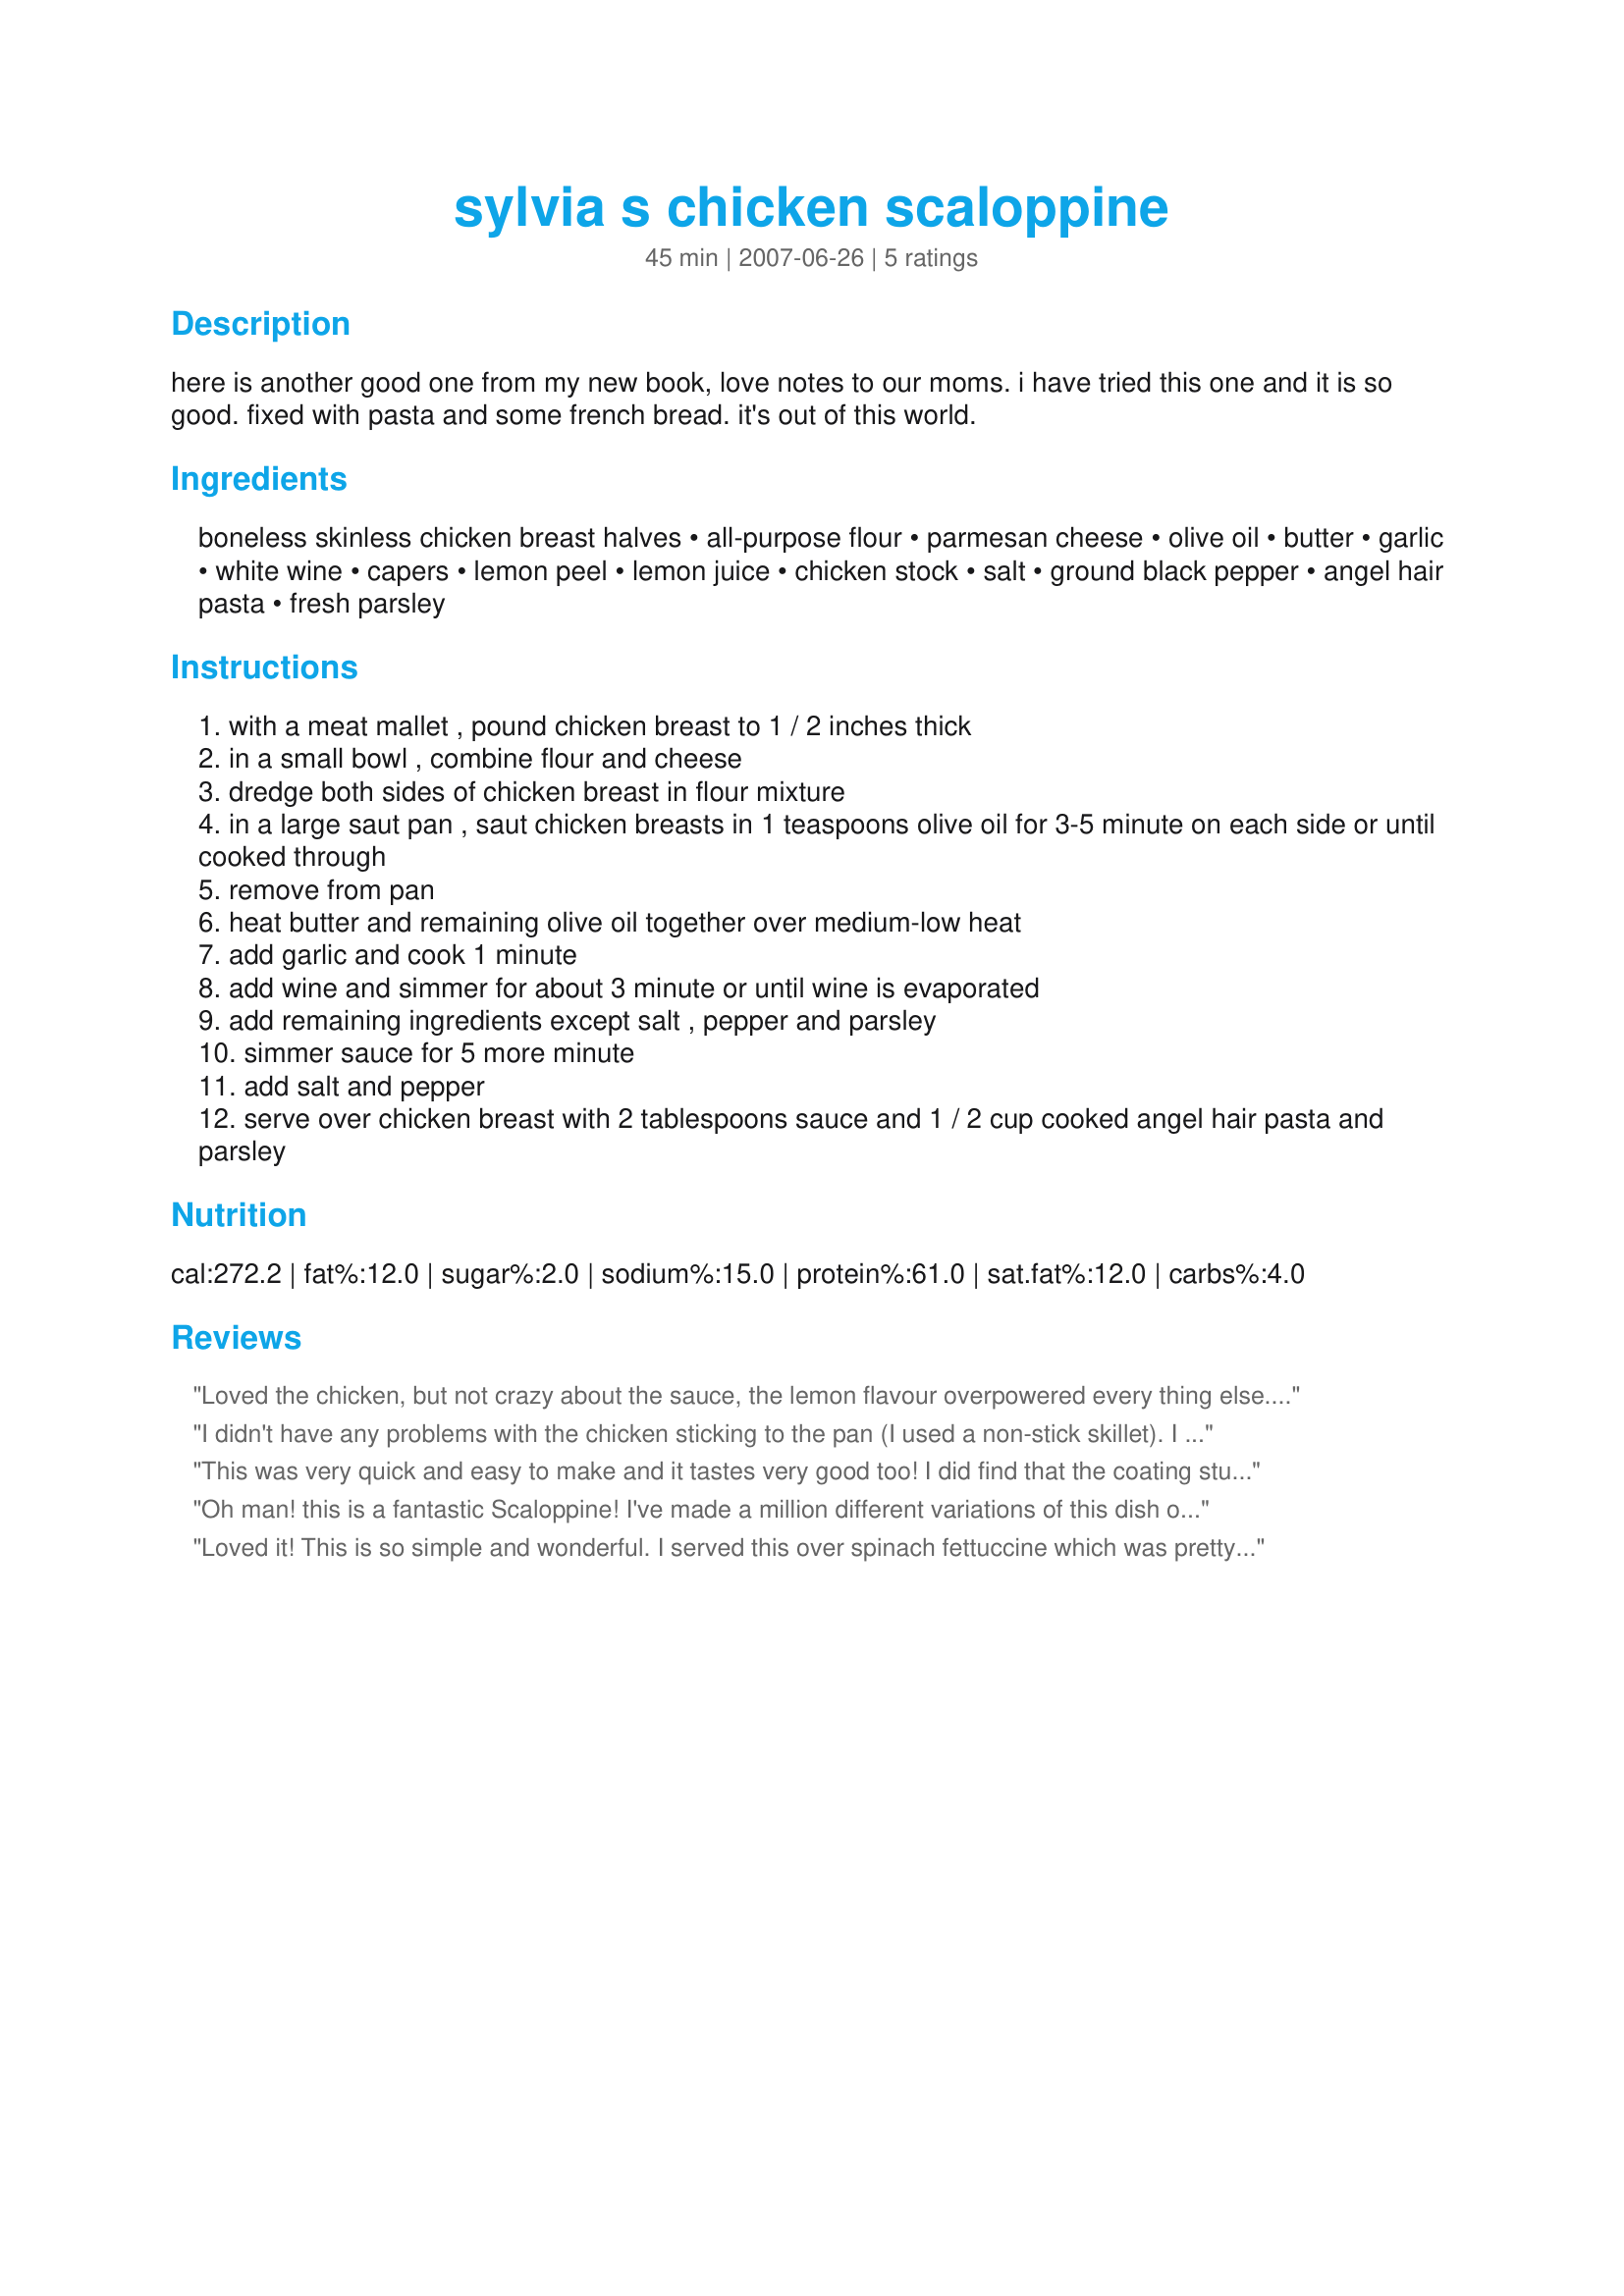
sylvia s chicken scaloppine
Preparation time: 45 minutes

here is another good one from my new book, love notes to our moms. i have tried this one and it is so good. fixed with pasta and some french bread. it's out of this world.

Ingredients:
boneless skinless chicken breast halves, all-purpose flour, parmesan cheese, olive oil, butter, garlic, white wine, capers, lemon peel, lemon juice, chicken stock, salt, ground black pepper, angel hair pasta, fresh parsley

Steps:
with a meat mallet , pound chicken breast to 1 / 2 inches thick
in a small bowl , combine flour and cheese
dredge both sides of chicken breast in flour mixture
in a large saut pan , saut chicken breasts in 1 teaspoons olive oil for 3-5 minute on each side or until cooked through
remove from pan
heat butter and remaining olive oil together over medium-low heat
add garlic and cook 1 minute
add wine and simmer for about 3 minute or until wine is evaporated
add remaining ingredients except salt , pepper and parsley
simmer sauce for 5 more minute
add salt and pepper
serve over chicken breast with 2 tablespoons sauce and 1 / 2 cup cooked angel hair pasta and parsley

Reviews:
Loved the chicken, but not crazy about the sauce, the lemon flavour overpowered every thing else. Sorry we ended up scraping the sauce off. I love the idea of the sauce and will make it again, but with about half of the lemon juice or maybe just leave out the lemon zest. We did enjoy the chicken, lovely tender and moist.
I didn't have any problems with the chicken sticking to the pan (I used a non-stick skillet). I doubled the sauce but was concerned about the amount of liquid so I reduced the wine by only 3/4 as it cooked in the pan. The sauce was wonderful with the chicken but the lemon flavor was overpowering with the pasta. Overall, it was ok for our family but I will keep searching for a tastier lemon chicken recipe.
This was very quick and easy to make and it tastes very good too!
I did find that the coating stuck to the pan especially on the 2nd side. This made for good sauce but wasn't so pretty and I had to be careful bo to burn the frond while I sauteed the garlic. I only cooked 2 breasts but kept the sauce the same, I would double the sauce if making 4 servings. I used 1/3 cup broth cause I didn't have my reading glasses on : ). I served it with rice instead of pasta which was wonderful with the sauce.
Oh man! this is a fantastic Scaloppine! I've made a million different variations of this dish over the last several years and this is by far my favorite. I personally loved the strong lemon flavor and like that it doesn't call for a ton of butter like many other recipes do. I will most definitely be making this again and again. Thanks GertC!
Loved it! This is so simple and wonderful. I served this over spinach fettuccine which was pretty and tasted good. The only thing that I will do differently next time is to double the sauce to have more to pour over the pasta. Thanks gert!
